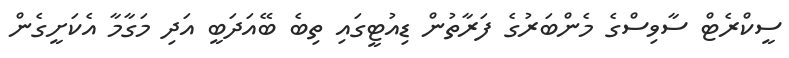
ސީކްރެޓް ސާވިސްގެ މެންބަރުގެ ފަރާތުން ޑިއުޓީގައި ތިބެ ބޭއަަދަބީ އަދި މަގާމާ އެކަށީީގެން